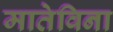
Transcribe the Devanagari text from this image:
मातेविना